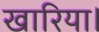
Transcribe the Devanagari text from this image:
खारिया।